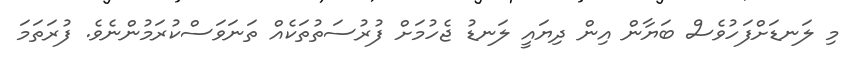
މި ލަނޑަށްފަހުވެސް ބަޔާން އިން ދިޔައީ ލަނޑު ޖެހުމަށް ފުރުސަތުތަކެއް ތަނަވަސްކުރަމުންނެވެ. ފުރަތަމަ